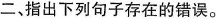
二、指出下列句子存在的错误。